Vital statistics of India. Vol. VI, European troops 1870-79
Year: 1870
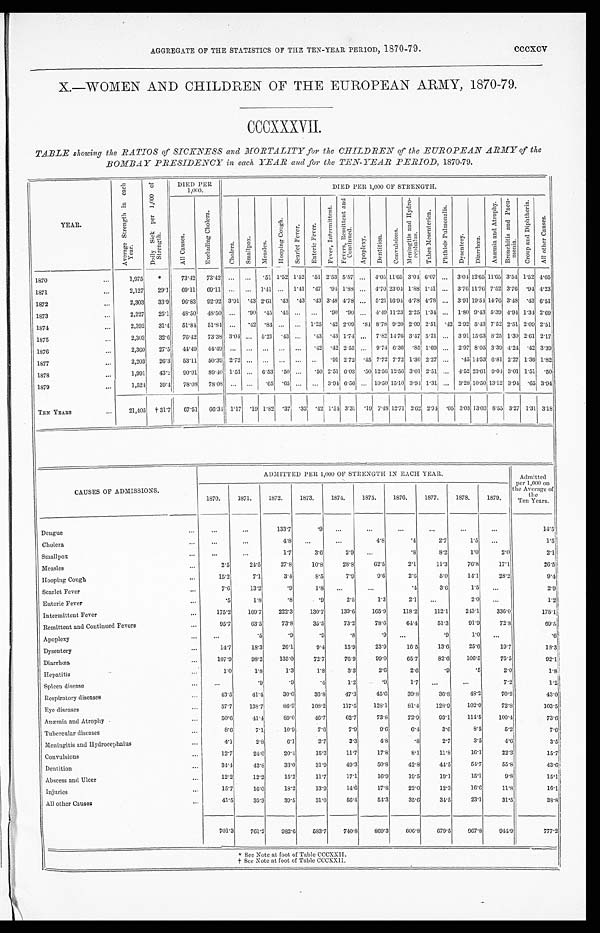
AGGREGATE OF THE STATISTICS OF THE TEN-YEAR PERIOD, 1870-79.
cccxcv
X.—WOMEN AND CHILDREN OF THE EUROPEAN ARMY, 1870-79.
CCCXXXVII.
TABLE showing the RATIOS of SICKNESS and MORTALITY for the CHILDREN of the EUROPEAN ARMY of the
BOMBAY PRESIDENCY in each YEAR and for the TEN-YEAR PERIOD, 1870-79.
YEAR.
A v e r a g e S t r e n g t h i n e a c h
Y e a r .
D a i l y S i c k p e r 1 , 0 0 0 o f
S t r e n g t h .
DIED PER
1,000.
DIED PER 1,000 OF STRENGTH.
A l l C a u s e s .
E x c l u d i n g C h o l e r a .
C h o l e r a .
Smal l pox.
M e a s l e s .
H o o p i n g C o u g h .
S c a r l e t F e v e r .
E n t e r i c F e v e r .
F e v e r , I n t e r m i t t e n t .
Fe v e r s , Re mi t t e n t a n d
Conti nued.
A p o p l e x y .
D e n t i t i o n .
C o n v u l s i o n s .
M e n i n g i t i s a n d H y d r o -
c ephal us .
T a b e s M e s e n t e r i c a .
P h t h i s i s P u l m o n a l i s .
D y s e n t e r y .
D i a r r h œ a .
A n æ m i a a n d A t r o p h y .
B r o n c h i t i s a n d p n e u -
moni a.
C r o u p a n d D i p h t h e r i a .
A l l o t h e r C a u s e s .
1870
. . .
1,975
*
73.42 73.42 ...
...
.51 1.52 1.52 .51 2.53 5.57 ... 4.05 11.65 3.04 6.07 ... 3.04 12.65 11.65 3.54 1.52 4.05
1871
. . .
2,127
29.1
69.11
69.11 ... ...
1 . 4 1 ... 1.41 .47 .94 1.88 ... 4.70 23.04 1.88 1.41 ... 3.76 11.76 7.52 3.76 .94 4.23
1872
. . .
2,303
33.9
96.83 92.92 3.91 .43
2 . 6 1 .43 .43
.43 3.48 4.78 ... 5.21 16.94 4.78 4.78 ... 3.91
1 9 . 5 4
14.76 3.48 .43 6.51
1873
. . .
2,227
25.1
48.50 48.50 ...
.90 .45 .45 ...
...
.90 .90 ... 4.49 11.23 2.25 1.34 ... 1.80 9.43 5.39 4.94 1.34 2.69
1874
. . .
2,392
31.4
51.84 51.84 ...
.42 .84 ...
...
1.25 .42 2.09
. 8 4 8.78 9.20 2.09 2.51
.42 2.92 5.43 7.52 2.51 2.09 2.51
1875
...
2,303
32.6
76.42 73 . 38 3.04 ... 5.21 .43 ...
.43 .43 1.74 ... 7.82 14.76 3.47 5.21 ... 3.91 15.63 8.25 1.30 2.61 2.17
1876
. . .
2,360
27.5
44.49 44.49 ...
. . .
... ... ...
.42 .42 2.55 ... 9.74 6.36 .85 1.69 ... 2.97 8.05 3.39 4.24 .42 3.39
1877
. . .
2,203
26.3
53.11
50.39 2.72 ... ... ... ... ...
.91 2.72 .45 7.72 7.72 1.36 2.27 ...
.45 14.53 6.81 2.27 1.36 1.82
1878
...
1,991
43.2 90.91 89.40 1.51 ... 6.53 .50 ...
.50 2.51 6.03 .50 12.56 12.56 3.01 2.51 ... 4.52 23.61 9.04 3.01 1.51 .50
1879
...
1,524
39.4
78.08 78.08 ... ...
.65 .65 ...
... 3.94 6.56 ... 10.50 15.10 3.94 1.31 ...
3 . 2 8
10.50 13.12 3.94 .65 3.94
TEN YEARS
. . .
21,405 † 31.7
67.51
66.34 1.17 .19 1.82 .37 .33
.42 1.54 3.31 .19 7.48 12.71 2.62 2.94
. 05 3.03 13.03 8.55 3.27 1.31 3.18
CAUSES OF ADMI SSI ONS.
ADMITTED PER 1,000 OF STRENGTH IN EACH Y E A R .
Admitted
p e r 1 , 0 0 0
o n
t h e A v e r a g e o f
the
Ten Years.
1870.
1 8 7 1 . 1872.
1873.
1874.
1875.
1876.
1877.
1878.
1879.
Dengue
. . .
. . .
. . .
133.7
.9
. . .
...
...
...
. . .
...
14.5
Cholera
. . .
. . .
. . .
4.8
...
...
4.8
.4
2.7
1.5
...
1.5
Smallpox
. . .
. . .
. . .
1.7
3.6
2.9
...
.8
8.2
1 . 0
2.0
2.1
Measles
. . .
2 . 5
24.5
27.8
10.8
28.8
62.5
2.1
11.3
76.8
17.1
26.5
Hooping Cough
. . .
15.2
7.1
3.4
8.5
7.9
9.6
2.6
5.0
14.1
28.2
9.4
Scarlet Fever
. . .
7.6
13.2
.9
1.8
...
...
.4
3.6
1.5
. . .
2.9
Enteric Fever
. . .
.5
1.8
.8
.9
2.5
1.3
2.1
...
2.0
. . .
1.2
Intermittent Fever
. . .
175.2
169.7
222.3
130.7
139.6
165.9
118.2
112.1
243.1
336.0
175.1
Remittent and Continued Fevers
...
95.7
63.5
73.8
35.5
73.2
78.6
64.4
51.3
91.9
72.8
69.5
Apoplexy
...
...
.5
.9
.9
.8
. 9
. . .
.9
1.0
...
.6
Dysentery
...
14. 7
18.3
26.1
9.4
15.9
23.9
16.5
1 3 . 6
25.6
19.7
18.3
Diarrhœa
. . .
107.9
98.2
135.0
72.7
76.9
99.0
65.7
82.6
106.5
75.5
92.1
Hepatitis
. . .
1 . 0
1.8
1.3
1 . 8
3.3
2. 6
2.6
. 9
.5
2.0
1.8
Spleen disease
. . .
...
.9
. 9
.4
1.2
. 9
1.7
. . .
...
7.2
1.2
Respiratory diseases
...
43.5
41.4.
30.0
36.8
47.3
45.6
39.8
36.8
48.2
70.2
43.0
Eye diseases
. . .
57.7
138.7
86.9
108.2
117.5
128.1
81.4
128.9
102.0
72.8
103.5
Anæmia and Atrophy
...
50.6
41.4
89.0
46.7
62.7
73.8
72.9
93.1
114.5
100.4
73.6
Tubercular diseases
. . .
8.6
7.1
10.9
7.6
7.9
9.6
6.4
3.6
8.5
5.2
7.6
Meningitis and Hydrocephalus
...
4.1
2.8
6.1
2.7
3.3
4.8
.8
2.7
3.5
4.6
3.5
Convulsions
. . .
12.7
24.0
20.4
15.3
11.7
17.8
8.1
11.8
16.1
22.3
15.7
Dentition
. . .
34.4
42.8
33.0
31.9
49.3
50.8
42.8
44.5
54.7
55.8
43.6
Abscess and Ulcer
. . .
12.2
12.2
15.2
11.7
17.1
16.9
19.5
19.1
15.1
9 . 8
15.1
Injuries
. . .
15.7
16.0
18.2
13.9
14.6
17.8
22.0
12.3
16.6
11.8
16.1
All other Causes
. . .
41.5
35.3
39.5
31.0
56.4
54.3
35.6
34.5
23.1
31.5
38.8
701.3
761.2
982.6
583.7
740.8
869.3
606.8
679.5
967.8
944.9
777.2
* See Note at foot of Table CCCXXII.
† S e e
N o t e a t f o o t
o f
T a b l e
C C C X X I I .